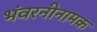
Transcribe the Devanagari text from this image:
भंवरनीनामक